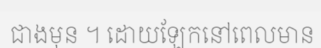
ជាងមុន ។ ដោយឡែកនៅពេលមាន